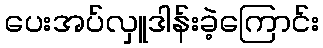
ပေးအပ်လှူဒါန်းခဲ့ကြောင်း